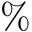
\%